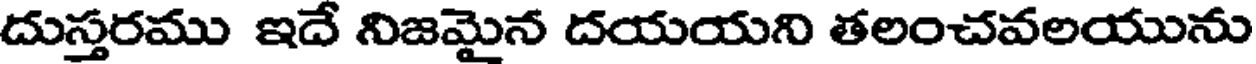
దుస్తరము ఇదే నిజమైన దయయని తలంచవలయును